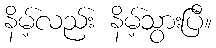
နိမ့်လည်း နိမ့်သွားပြီ။